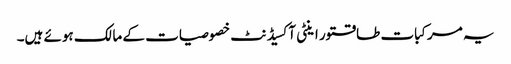
یہ مرکبات طاقتور اینٹی آکسیڈنٹ خصوصیات کے مالک ہوئے ہیں۔